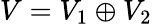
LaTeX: V=V_{1}\oplus V_{2}